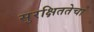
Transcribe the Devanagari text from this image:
सुरक्षिततेचा